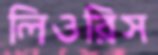
লিওরিস